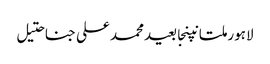
لاہورملتانپنجابعیدمحمد علی جناحتیل